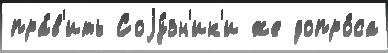
пра́в'ить Соjу́зн'ик'и же допро́са